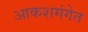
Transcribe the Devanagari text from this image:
आकशगंगेत